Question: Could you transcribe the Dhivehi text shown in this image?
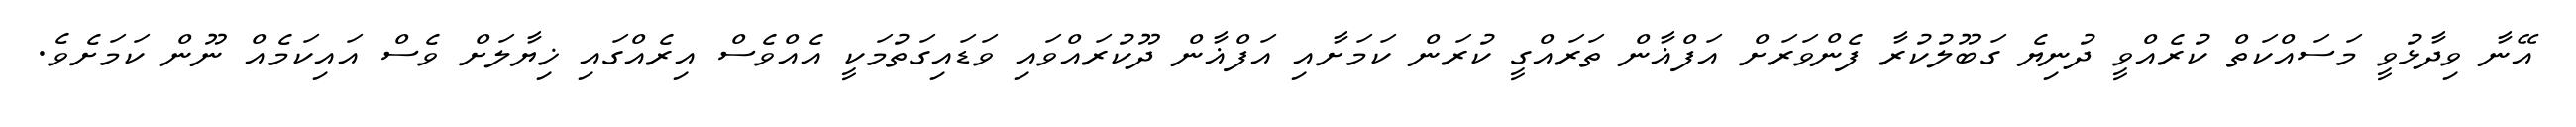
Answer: އޭނާ ވިދާޅުވީ މަސައްކަތް ކުރެއްވީ ދުނިޔެ ގަބޫލުކުރާ ފެންވަރަށް އަފްޣާން ތަރައްގީ ކުރަން ކަމަށާއި އަފްޣާން ދޫކުރައްވައި ވަޑައިގަތުމަކީ އެއްވެސް އިރެއްގައި ޚިޔާލަށް ވެސް އައިކަމެއް ނޫން ކަމަށެވެ.